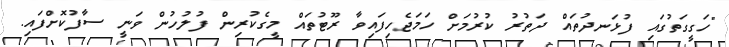
"ހަގީގަތުގައި ފުޅަނދުތައް ދަތުރު ކުރުމަށް ހަމަޖެހިފައިވާ ރޫޓުތައް މީގެކުރިން ފުލުހުން ވަނީ ސާފުކޮށްފައި.